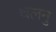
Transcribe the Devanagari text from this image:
चलनु